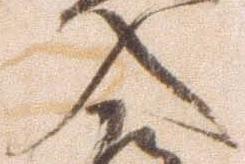
入